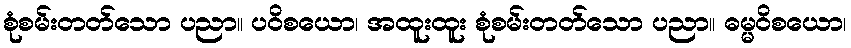
စုံစမ်းတတ်သော ပညာ။ ပဝိစယော၊ အထူးထူး စုံစမ်းတတ်သော ပညာ။ ဓမ္မဝိစယော၊